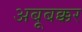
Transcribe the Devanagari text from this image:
अबूबक्कर